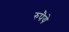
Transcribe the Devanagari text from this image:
रुपैये